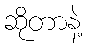
ဆိုတာနဲ့